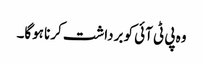
وہ پی ٹی آئی کو برداشت کرنا ہوگا۔